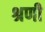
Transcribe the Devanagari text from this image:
श्रणी